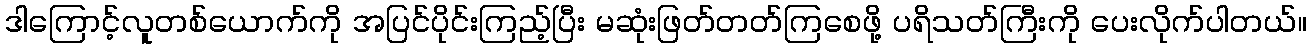
ဒါကြောင့်လူတစ်ယောက်ကို အပြင်ပိုင်းကြည့်ပြီး မဆုံးဖြတ်တတ်ကြစေဖို့ ပရိသတ်ကြီးကို ပေးလိုက်ပါတယ်။